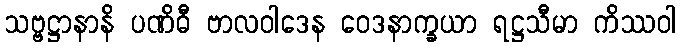
သဗ္ဗဋ္ဌာနာနိ ပဏိဓီ ဗာလဝါဒေန ဝေဒနာက္ခယာ ရဋ္ဌသီမာ ကိဿဝါ